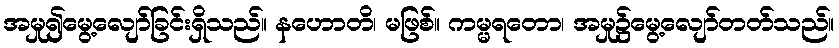
အမှု၍မွေ့လျော်ခြင်းရှိသည်။ နဟောတိ၊ မဖြစ်။ ကမ္မရတော၊ အမှု၌မွေ့လျော်တတ်သည်။